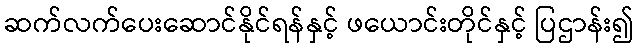
ဆက်လက်ပေးဆောင်နိုင်ရန်နှင့် ဖယောင်းတိုင်နှင့် ပြဌာန်း၍